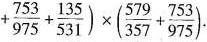
+ \frac { 7 5 3 } { 9 7 5 } + \frac { 1 3 5 } { 5 3 1}) \times ( \frac { 5 7 9 } { 3 5 7 } + \frac { 7 5 3 } { 9 7 5 } )$$.